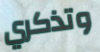
وتذكري